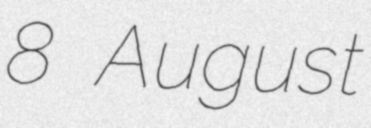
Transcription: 8 August